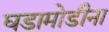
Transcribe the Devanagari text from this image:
घडामोडीना